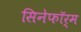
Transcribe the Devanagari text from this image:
सिनेफॉर्म